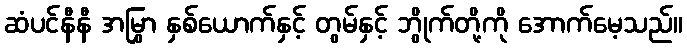
ဆံပင်နီနီ အမြွှာ နှစ်ယောက်နှင့် တွမ်နှင့် ဘွိုက်တို့ကို အောက်မေ့သည်။